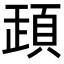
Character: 𩒞